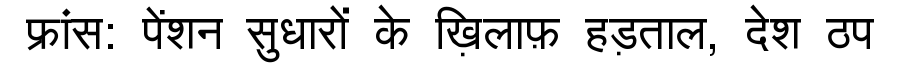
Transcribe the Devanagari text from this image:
फ्रांस: पेंशन सुधारों के ख़िलाफ़ हड़ताल, देश ठप